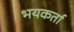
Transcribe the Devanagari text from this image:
भयकर्ता